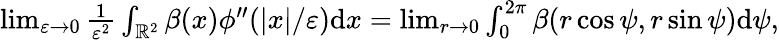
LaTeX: \begin{array}{r}{\operatorname*{lim}_{\varepsilon\to 0}\frac{1}{\varepsilon^{2}}\int_{\mathbb{R}^{2}}\beta(x)\phi^{\prime\prime}(|x|/\varepsilon)\textrm{d}x=\operatorname*{lim}_{r\to 0}\int_{0}^{2\pi}\beta(r\cos\psi,r\sin\psi)\textrm{d}\psi,}\end{array}